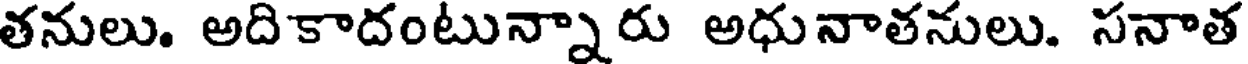
తనులు. అదికాదంటున్నారు అధునాతనులు. సనాత